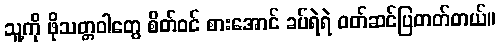
သူ့ကို ဖိုသတ္တဝါတွေ စိတ်ဝင် စားအောင် ခပ်ရဲရဲ ဝတ်ဆင်ပြတတ်တယ်။